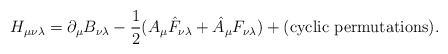
\begin{align*}H_{\mu\nu\lambda}=\partial_\mu B_{\nu\lambda}-{1\over2}(A_\mu\hat{F}_{\nu\lambda}+\hat{A}_\mu F_{\nu\lambda})+({\rm cyclic\ permutations}).\end{align*}